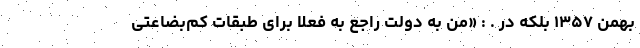
بهمن ۱۳۵۷ بلکه در . : «من به دولت راجع به فعلا برای طبقات کم‌بضاعتی